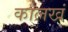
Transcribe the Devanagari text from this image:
कालखं